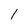
Character: 1